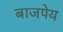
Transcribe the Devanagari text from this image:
बाजपेय